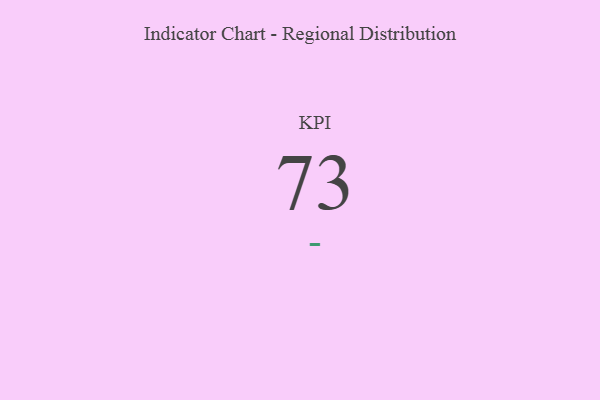
{"axis": {"x": "KPI", "y": "Value"}, "legend": [""], "data": [{"x": "KPI", "y": 73, "type": ""}]}